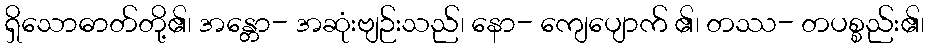
ရှိသောဓာတ်တို့၏၊ အန္တော- အဆုံးဗျဉ်းသည်၊ နော- ကျေပျောက် ၏၊ တဿ- တပစ္စည်း၏၊